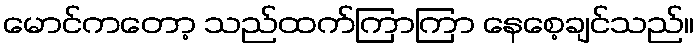
မောင်ကတော့ သည်ထက်ကြာကြာ နေစေ့ချင်သည်။